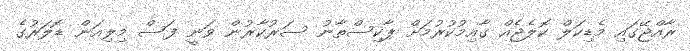
ރާއްޖޭގައި މެޑިކަލް ކޮލެޖެއް ގާއިމުކުރުމަށް ޕާކިސްތާނު ސަރުކާރުން ވަނީ ފަސް މިލިއަން ޑޮލަރުގެ